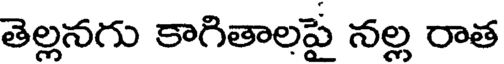
తెల్లనగు కాగితాలపై నల్ల రాత